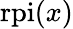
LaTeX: {\mathrm{rpi}}(x)